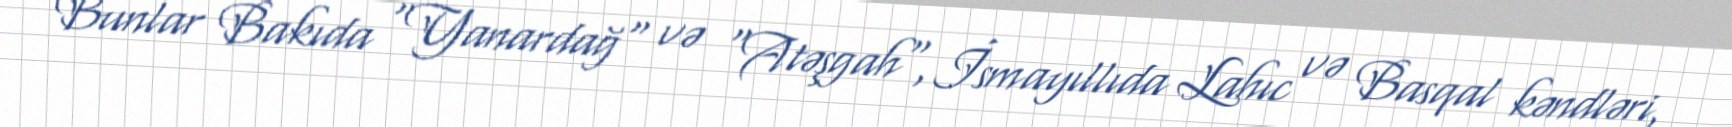
Bunlar Bakıda "Yanardağ" və "Atəşgah", İsmayıllıda Lahıc və Basqal kəndləri,